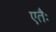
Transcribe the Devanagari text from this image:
एतैः